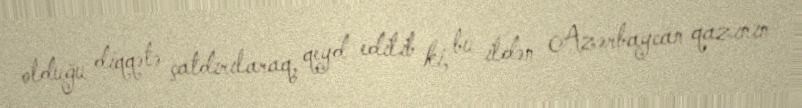
olduğu diqqətə çatdırılaraq, qeyd edilib ki, bu ildən Azərbaycan qazının